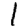
Digit: 1